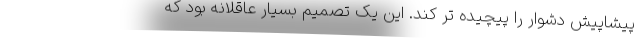
پیشاپیش دشوار را پیچیده تر کند. این یک تصمیم بسیار عاقلانه بود که